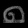
Digit: ၈